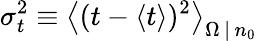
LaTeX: \sigma_{t}^{2}\equiv\left\langle(t-\langle t\rangle)^{2}\right\rangle_{\Omega\, |\, n_{0}}